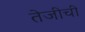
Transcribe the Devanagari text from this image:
तेजीची